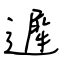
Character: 遲